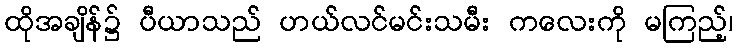
ထိုအချိန်၌ ပီယာသည် ဟယ်လင်မင်းသမီး ကလေးကို မကြည့်၊